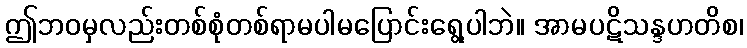
ဤဘဝမှလည်းတစ်စုံတစ်ရာမပါမပြောင်းရွေ့ပါဘဲ။ အာမပဋိသန္ဒဟတိစ၊